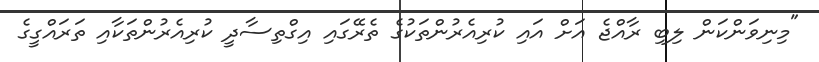
"މިނިވަންކަން ލިބި ރާއްޖެ އަށް އައި ކުރިއެރުންތަކުގެ ތެރޭގައި އިގްތިސާދީ ކުރިއެރުންތަކާއި ތަރައްގީގެ